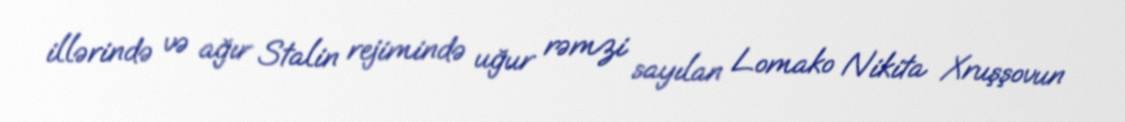
illərində və ağır Stalin rejimində uğur rəmzi sayılan Lomako Nikita Xruşşovun